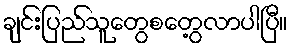
ချင်းပြည်သူတွေစတွေ့လာပါပြီ။